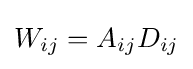
W_{ij}=A_{ij}D_{ij}